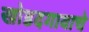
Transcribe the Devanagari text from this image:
खोडदगावाचे